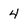
Character: 4